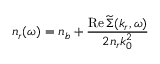
n _ { r } ( \omega ) = n _ { b } + \frac { \operatorname { R e } \widetilde { \Sigma } ( k _ { r } , \omega ) } { 2 n _ { r } k _ { 0 } ^ { 2 } }